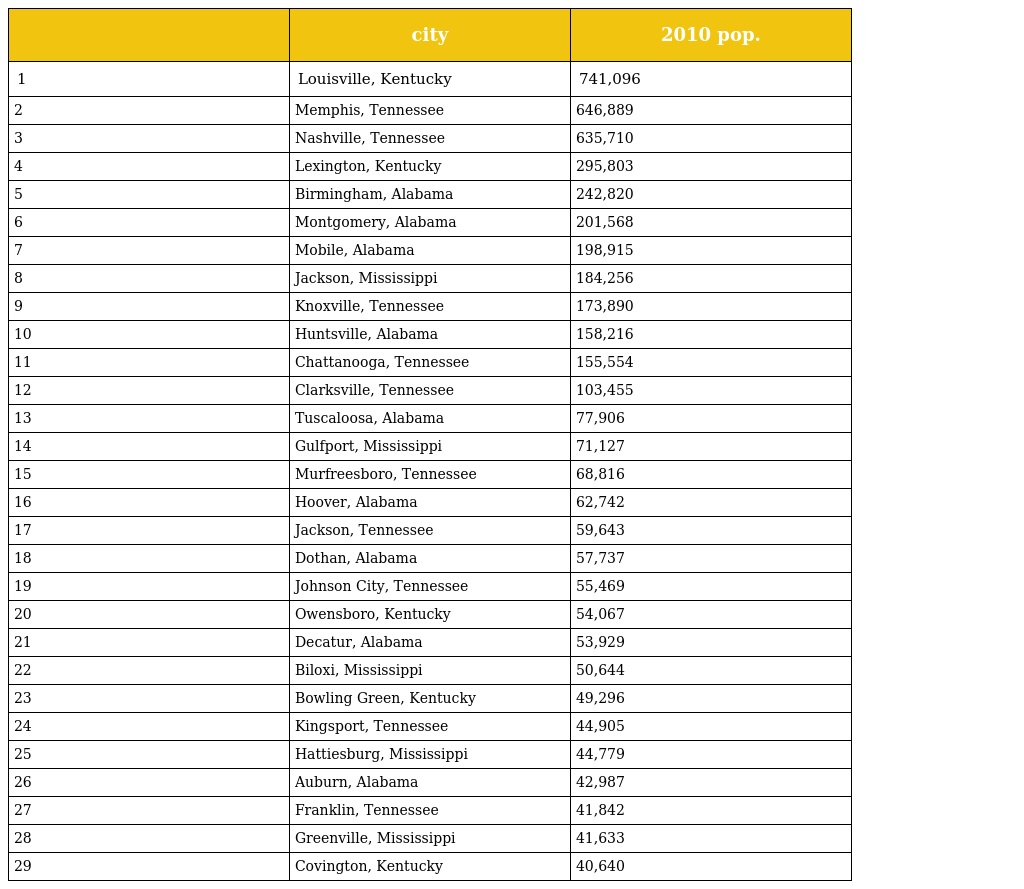
|  | city | 2010 pop. |
 | --- | --- | --- |
 | 1 | Louisville, Kentucky | 741,096 |
 | 2 | Memphis, Tennessee | 646,889 |
 | 3 | Nashville, Tennessee | 635,710 |
 | 4 | Lexington, Kentucky | 295,803 |
 | 5 | Birmingham, Alabama | 242,820 |
 | 6 | Montgomery, Alabama | 201,568 |
 | 7 | Mobile, Alabama | 198,915 |
 | 8 | Jackson, Mississippi | 184,256 |
 | 9 | Knoxville, Tennessee | 173,890 |
 | 10 | Huntsville, Alabama | 158,216 |
 | 11 | Chattanooga, Tennessee | 155,554 |
 | 12 | Clarksville, Tennessee | 103,455 |
 | 13 | Tuscaloosa, Alabama | 77,906 |
 | 14 | Gulfport, Mississippi | 71,127 |
 | 15 | Murfreesboro, Tennessee | 68,816 |
 | 16 | Hoover, Alabama | 62,742 |
 | 17 | Jackson, Tennessee | 59,643 |
 | 18 | Dothan, Alabama | 57,737 |
 | 19 | Johnson City, Tennessee | 55,469 |
 | 20 | Owensboro, Kentucky | 54,067 |
 | 21 | Decatur, Alabama | 53,929 |
 | 22 | Biloxi, Mississippi | 50,644 |
 | 23 | Bowling Green, Kentucky | 49,296 |
 | 24 | Kingsport, Tennessee | 44,905 |
 | 25 | Hattiesburg, Mississippi | 44,779 |
 | 26 | Auburn, Alabama | 42,987 |
 | 27 | Franklin, Tennessee | 41,842 |
 | 28 | Greenville, Mississippi | 41,633 |
 | 29 | Covington, Kentucky | 40,640 |